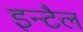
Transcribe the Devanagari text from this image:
इन्टैल